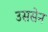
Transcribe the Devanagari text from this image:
उससेन